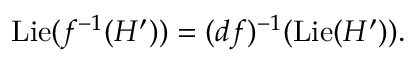
\operatorname { L i e } ( f ^ { - 1 } ( H ^ { \prime } ) ) = ( d f ) ^ { - 1 } ( \operatorname { L i e } ( H ^ { \prime } ) ) .